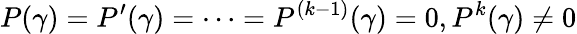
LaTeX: P(\gamma)=P^{\prime}(\gamma)=\cdots=P^{(k-1)}(\gamma)=0,P^{k}(\gamma)\neq 0